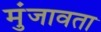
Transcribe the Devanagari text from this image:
मुंजावता